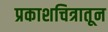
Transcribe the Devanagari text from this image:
प्रकाशचित्रातून